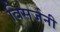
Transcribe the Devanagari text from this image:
विसर्जनी